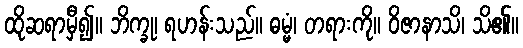
ထိုဆရာမှီ၍။ ဘိက္ခု၊ ရဟန်းသည်။ ဓမ္မံ၊ တရားကို။ ဝိဇာနာသိ၊ သိ၏။